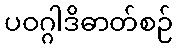
ပဝဂ္ဂါဒိဓာတ်စဉ်